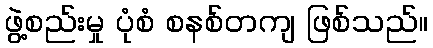
ဖွဲ့စည်းမှု ပုံစံ စနစ်တကျ ဖြစ်သည်။